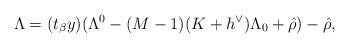
LaTeX: \begin{align*}\Lambda = (t_\beta y) (\Lambda^0 - (M-1) (K+h^\vee) \Lambda_0 + \hat{\rho}) - \hat{\rho},\end{align*}